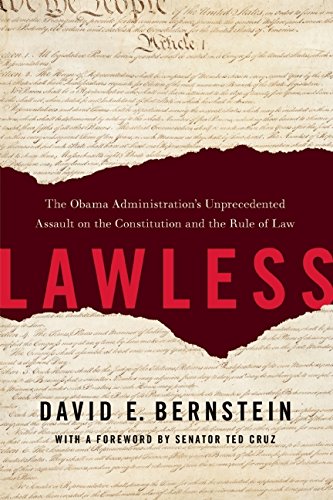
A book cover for Lawless: The Obama Administration's Unprecedented Assault on the Constitution and the Rule of Law; David E. Bernstein; Law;